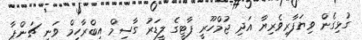
ގުޅިގެން ވިޔަފާރިވެރިޔާ އަދި ޖުމްހޫރީ ޕާޓީގެ ލީޑަރު ގާސިމް އިބްރާހިމް ވަނީ ޗަންޕާ